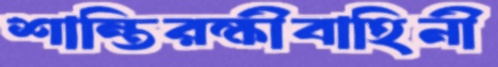
শান্তিরক্ষীবাহিনী